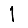
Digit: 1